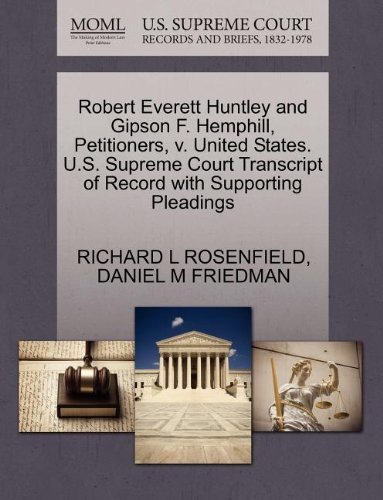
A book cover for Robert Everett Huntley and Gipson F. Hemphill, Petitioners, v. United States. U.S. Supreme Court Transcript of Record with Supporting Pleadings; RICHARD L ROSENFIELD; Law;